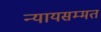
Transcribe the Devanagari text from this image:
न्यायसम्मत